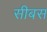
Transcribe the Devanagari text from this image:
सीबस